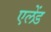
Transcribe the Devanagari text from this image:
एलेंड